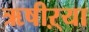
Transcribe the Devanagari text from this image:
ऋषीऱ्या